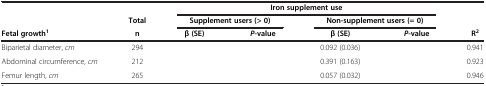
<table><thead><tr><td>[EMPTY_CELL]</td><td>[EMPTY_CELL]</td><td colspan="4"><b>Iron supplement use</b></td><td>[EMPTY_CELL]</td></tr><tr><td>[EMPTY_CELL]</td><td><b>Total</b></td><td colspan="2"><b>Supplement users (&gt; 0)</b></td><td colspan="2"><b>Non-supplement users (= 0)</b></td><td>[EMPTY_CELL]</td></tr><tr><td><b>Fetal growth<sup>1</sup></b></td><td><b>n</b></td><td><b>β (SE)</b></td><td><b><i>P</i>-value</b></td><td><b>β (SE)</b></td><td><b><i>P</i>-value</b></td><td><b>R<sup>2</sup></b></td></tr></thead><tbody><tr><td>Biparietal diameter, <i>cm</i></td><td>294</td><td>[EMPTY_CELL]</td><td>[EMPTY_CELL]</td><td>0.092 (0.036)</td><td>[EMPTY_CELL]</td><td>0.941</td></tr><tr><td>Abdominal circumference, <i>cm</i></td><td>212</td><td>[EMPTY_CELL]</td><td>[EMPTY_CELL]</td><td>0.391 (0.163)</td><td>[EMPTY_CELL]</td><td>0.923</td></tr><tr><td>Femur length, <i>cm</i></td><td>265</td><td>[EMPTY_CELL]</td><td>[EMPTY_CELL]</td><td>0.057 (0.032)</td><td>[EMPTY_CELL]</td><td>0.946</td></tr></tbody></table>